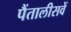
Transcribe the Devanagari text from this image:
पैंतालीसवें